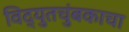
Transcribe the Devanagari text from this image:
विद्युतचुंबकाचा